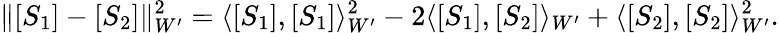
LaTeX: \lVert[S_{1}]-[S_{2}]\rVert_{W^{\prime}}^{2}=\langle[S_{1}],[S_{1}]\rangle_{W^{\prime}}^{2}-2\langle[S_{1}],[S_{2}]\rangle_{W^{\prime}}+\langle[S_{2}],[S_{2}]\rangle_{W^{\prime}}^{2}.